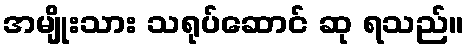
အမျိုးသား သရုပ်ဆောင် ဆု ရသည်။